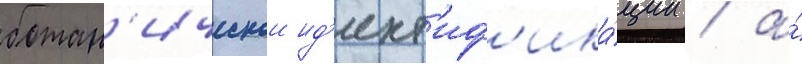
ботан'ическои ид'ент'иф'ика́ции / а́